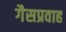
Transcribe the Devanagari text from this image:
गैसप्रवाह